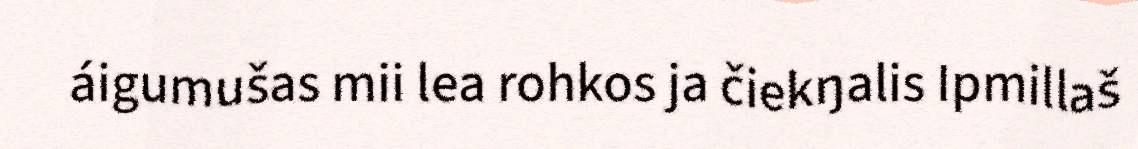
áigumušas mii lea rohkos ja čiekŋalis Ipmillaš